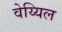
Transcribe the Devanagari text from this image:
वेय्यिल